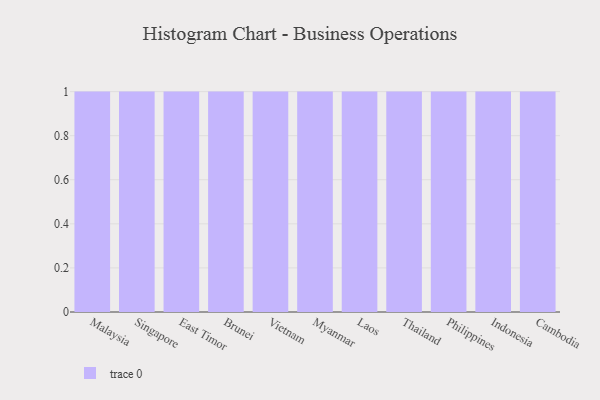
{"axis": {"x": "Country", "y": "Demand Index"}, "legend": [""], "data": [{"x": "Malaysia", "y": 16, "type": ""}, {"x": "Singapore", "y": 80, "type": ""}, {"x": "East Timor", "y": 97, "type": ""}, {"x": "Brunei", "y": 37, "type": ""}, {"x": "Vietnam", "y": 71, "type": ""}, {"x": "Myanmar", "y": 35, "type": ""}, {"x": "Laos", "y": 93, "type": ""}, {"x": "Thailand", "y": 34, "type": ""}, {"x": "Philippines", "y": 46, "type": ""}, {"x": "Indonesia", "y": 39, "type": ""}, {"x": "Cambodia", "y": 42, "type": ""}]}